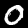
Label: 0